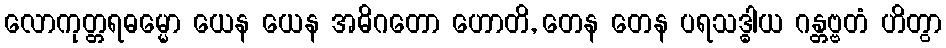
လောကုတ္တရဓမ္မော ယေန ယေန အဓိဂတော ဟောတိ, တေန တေန ပရသဒ္ဓါယ ဂန္တဗ္ဗတံ ဟိတွာ